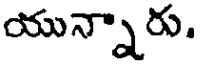
యున్నారు.